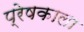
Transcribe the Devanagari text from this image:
प्रेषकाला